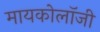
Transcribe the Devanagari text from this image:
मायकोलॉजी